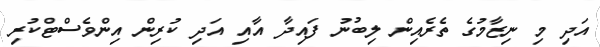
އަދި މި ނިޒާމުގެ ތެރެއިން ލިބުނު ފައިދާ އާއި އަދި ކުރިން އިންވެސްޓްކުރި